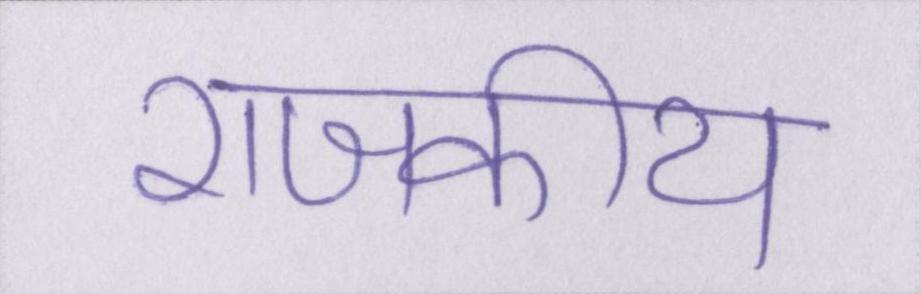
राजकीय